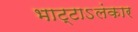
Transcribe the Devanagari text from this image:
भाट्टाऽलंकार